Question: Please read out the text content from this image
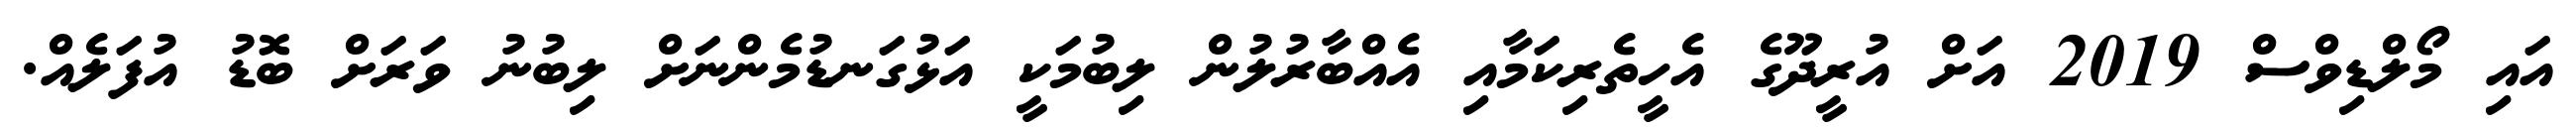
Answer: އައި މޯލްޑިވްސް 2019 އަށް އުރީދޫގެ އެހީތެރިކަމާއި އެއްބާރުލުން ލިބުމަކީ އަޅުގަނޑުމެންނަށް ލިބުނު ވަރަށް ބޮޑު އުފަލެއް.